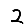
Digit: 2